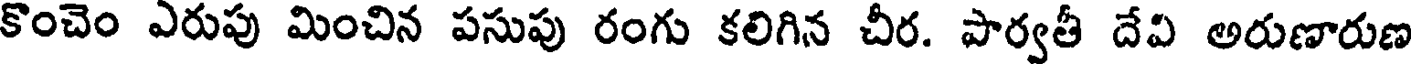
కొంచెం ఎరుపు మించిన పసుపు రంగు కలిగిన చీర. పార్వతీ దేవి అరుణారుణ